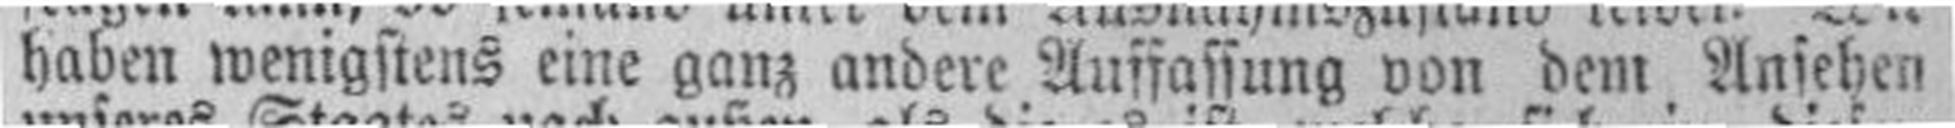
haben wenigstens eine ganz andere Auffassung von dem Ansehen